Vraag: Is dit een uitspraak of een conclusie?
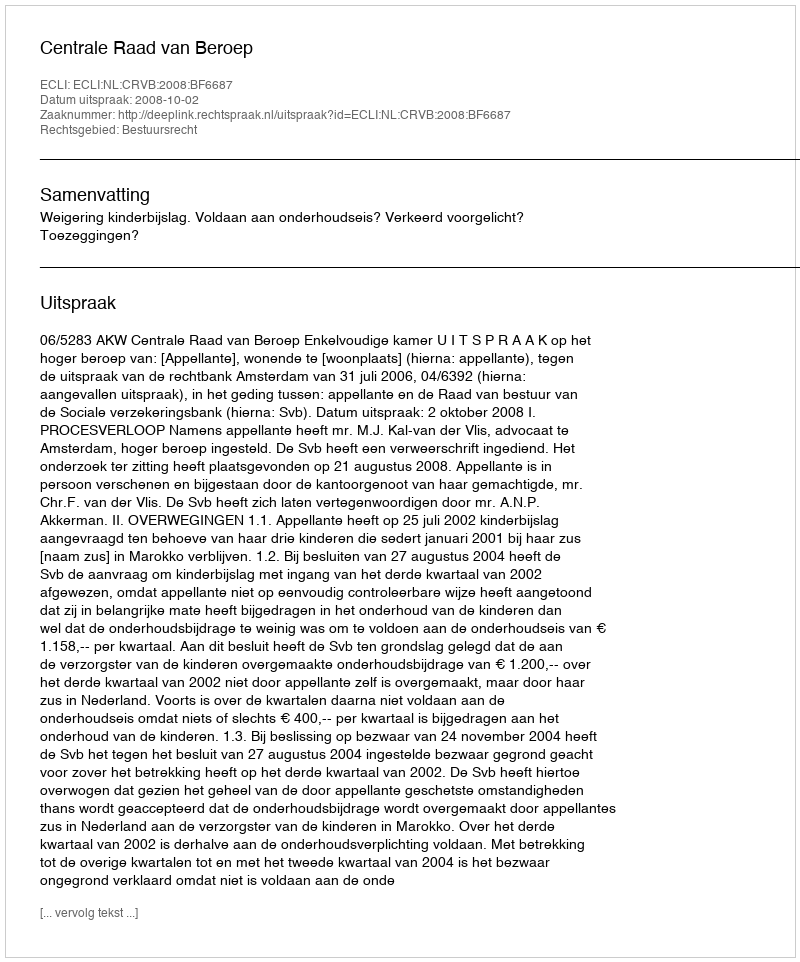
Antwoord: Uitspraak